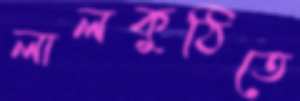
লালকুঠিতে